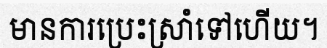
មានការប្រេះស្រាំទៅហើយ។